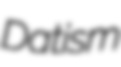
Datism